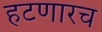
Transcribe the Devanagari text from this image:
हटणारच